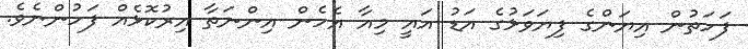
ފަހަތުން އިޔަންގެ ފިޔަވަޅުގެ އަޑު އައީ މިއާ އެހެން އިންނަތާ އިރުކޮޅެއް ފަހުންނެވެ.